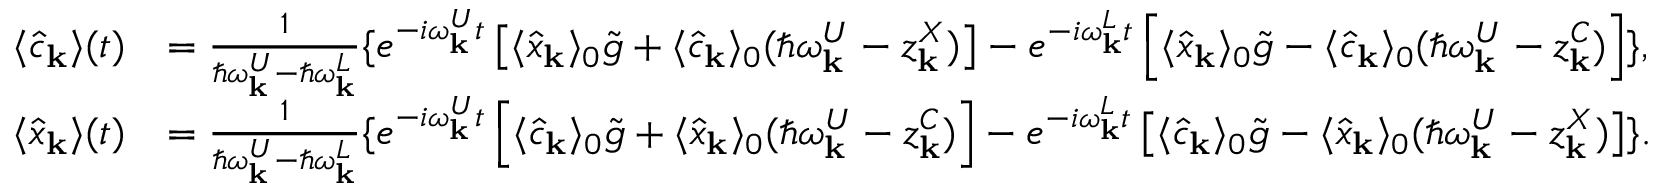
\begin{array} { r l } { \langle \hat { c } _ { \bf k } \rangle ( t ) } & { = \frac { 1 } { \hbar \omega _ { \bf k } ^ { U } - \hbar \omega _ { \bf k } ^ { L } } \{ e ^ { - i \omega _ { \bf k } ^ { U } t } \left[ \langle \hat { x } _ { \bf k } \rangle _ { 0 } \tilde { g } + \langle \hat { c } _ { \bf k } \rangle _ { 0 } ( \hbar \omega _ { \bf k } ^ { U } - z _ { \bf k } ^ { X } ) \right] - e ^ { - i \omega _ { \bf k } ^ { L } t } \left[ \langle \hat { x } _ { \bf k } \rangle _ { 0 } \tilde { g } - \langle \hat { c } _ { \bf k } \rangle _ { 0 } ( \hbar \omega _ { \bf k } ^ { U } - z _ { \bf k } ^ { C } ) \right] \} , } \\ { \langle \hat { x } _ { \bf k } \rangle ( t ) } & { = \frac { 1 } { \hbar \omega _ { \bf k } ^ { U } - \hbar \omega _ { \bf k } ^ { L } } \{ e ^ { - i \omega _ { \bf k } ^ { U } t } \left[ \langle \hat { c } _ { \bf k } \rangle _ { 0 } \tilde { g } + \langle \hat { x } _ { \bf k } \rangle _ { 0 } ( \hbar \omega _ { \bf k } ^ { U } - z _ { \bf k } ^ { C } ) \right] - e ^ { - i \omega _ { \bf k } ^ { L } t } \left[ \langle \hat { c } _ { \bf k } \rangle _ { 0 } \tilde { g } - \langle \hat { x } _ { \bf k } \rangle _ { 0 } ( \hbar \omega _ { \bf k } ^ { U } - z _ { \bf k } ^ { X } ) \right] \} . } \end{array}